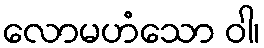
လောမဟံသော ဝါ၊